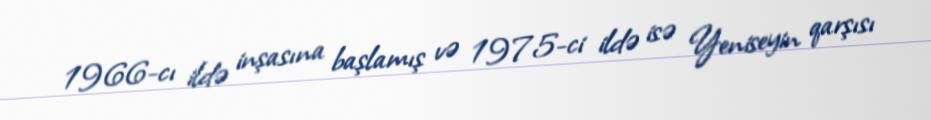
1966-cı ildə inşasına başlamış və 1975-ci ildə isə Yeniseyin qarşısı